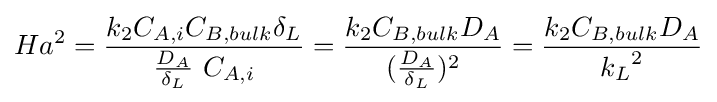
Ha^{2}={{k_{2}C_{A,i}C_{B,bulk}\delta _{L}} \over {{\frac {D_{A}}{\delta _{L}}}\ C_{A,i}}}={{k_{2}C_{B,bulk}D_{A}} \over ({\frac {D_{A}}{\delta _{L}}})^{2}}={{k_{2}C_{B,bulk}D_{A}} \over {{k_{L}}^{2}}}